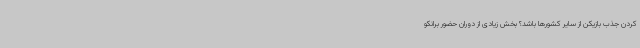
کردن جذب بازیکن از سایر کشورها باشد؟ بخش زیادی از دوران حضور برانکو